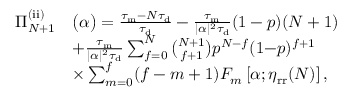
\begin{array} { r l } { \Pi _ { N + 1 } ^ { \mathrm { ( i i ) } } } & { \big ( \alpha \big ) = \frac { \tau _ { \mathrm { m } } - N \tau _ { \mathrm { d } } } { \tau _ { \mathrm { d } } } - \frac { \tau _ { \mathrm { m } } } { | \alpha | ^ { 2 } \tau _ { \mathrm { d } } } ( 1 - p ) ( N + 1 ) } \\ & { + \frac { \tau _ { \mathrm { m } } } { | \alpha | ^ { 2 } \tau _ { \mathrm { d } } } \sum _ { f = 0 } ^ { N } \binom { N + 1 } { f + 1 } p ^ { N - f } ( 1 { - } p ) ^ { f + 1 } } \\ & { \times \sum _ { m = 0 } ^ { f } ( f - m + 1 ) F _ { m } \left[ \alpha ; \eta _ { \mathrm { r r } } ( N ) \right] , } \end{array}